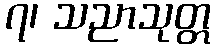
၇၊ သညာသုတ္တ